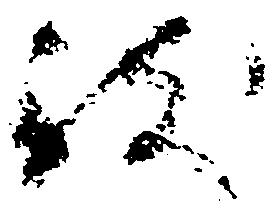
致